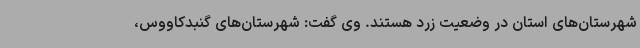
شهرستان‌های استان در وضعیت زرد هستند. وی گفت: شهرستان‌های گنبدکاووس،